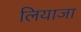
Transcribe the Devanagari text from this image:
लियाजा